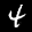
Label: 4